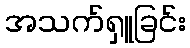
အသက်ရှူခြင်း